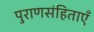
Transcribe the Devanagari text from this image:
पुराणसंहिताएँ